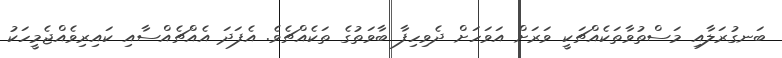
ބަނގުރަލާއި މަސްތުވާތަކެއްޗަކީ ވަރަށް އަވަހަށް ދެވިހިފާ ބާވަތުގެ ތަކެއްޗެވެ. އެފަދަ އެއްޗެއްސާއި ކައިރިވެއްޖެމީހަކު